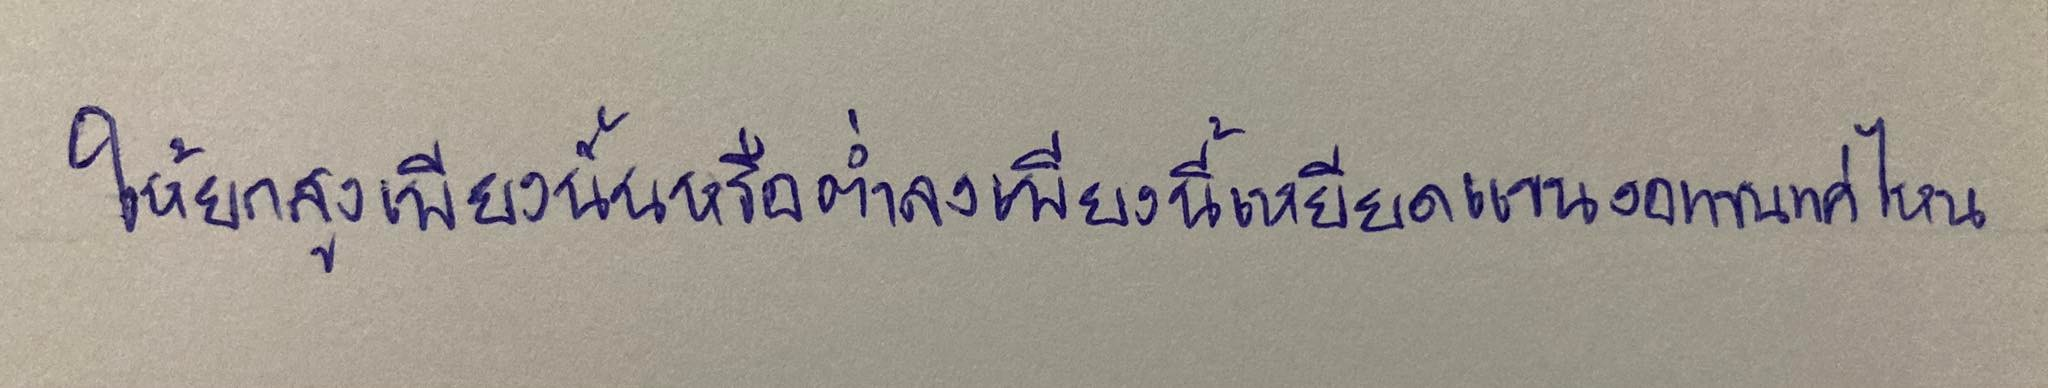
ให้ยกสูงเพียงนั้นหรือต่ำลงเพียงนี้เหยียดแขนงอแขนแค่ไหน